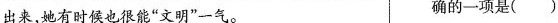
出来，她有时候也很能”文明”一气。确的一项是( )